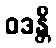
ဝဒန္တိ